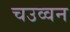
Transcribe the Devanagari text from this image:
चउव्वन